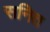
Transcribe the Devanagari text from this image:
सनित